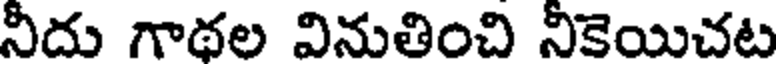
నీదు గాథల వినుతించి నీకెయిచట